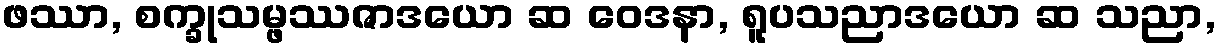
ဖဿာ, စက္ခုသမ္ဖဿဇာဒယော ဆ ဝေဒနာ, ရူပသညာဒယော ဆ သညာ,